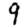
Digit: 9